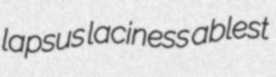
lapsus laciness ablest